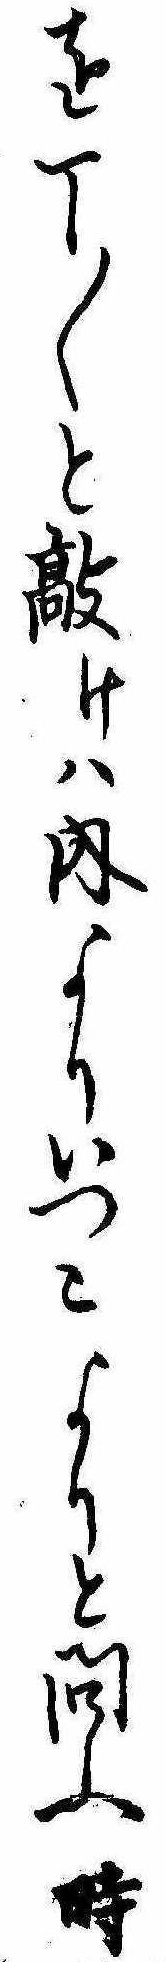
を丁〱と敲けは内よりいつこよりと問ふ時